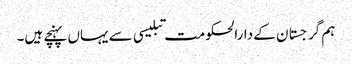
ہم گرجستان کے دارالحکومت تبلیسی سے یہاں پہنچے ہیں۔